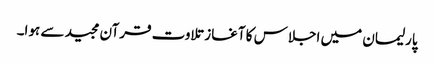
پارلیمان میں اجلاس کا آغاز تلاوت قرآن مجید سے ہوا۔